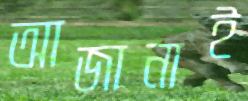
আজানাই